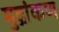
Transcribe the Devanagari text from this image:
मुद्रांकण